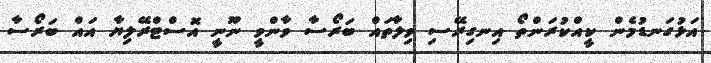
އަޅުގަނޑުމެން ކީއްކުރަންތޯ އިނގިރޭސި ވިލާތައް ބަރޯސާ ވާންވީ ނޫނީ އޮސްޓްރޭލިޔާ އައް ބަރޯސާ